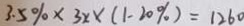
3 . 5 \% \times 3 x \times ( 1 - 2 0 \% ) = 1 2 6 0